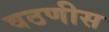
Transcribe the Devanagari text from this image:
वठणीस